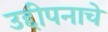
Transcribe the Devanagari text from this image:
उद्दीपनाचे